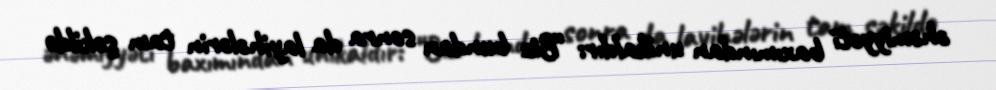
əhəmiyyəti baxımından unikaldır: “Biz bundan sonra da layihələrin tam şəkildə